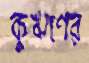
কুঋণের